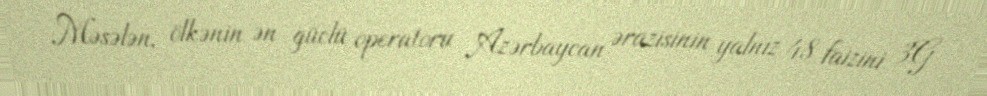
Məsələn, ölkənin ən güclü operatoru Azərbaycan ərazisinin yalnız 48 faizini 3G